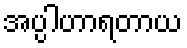
အပ္ပါဟာရတာယ